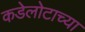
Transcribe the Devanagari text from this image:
कडेलोटाच्या